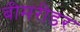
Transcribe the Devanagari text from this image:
बीमरीडर